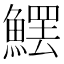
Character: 𩺩